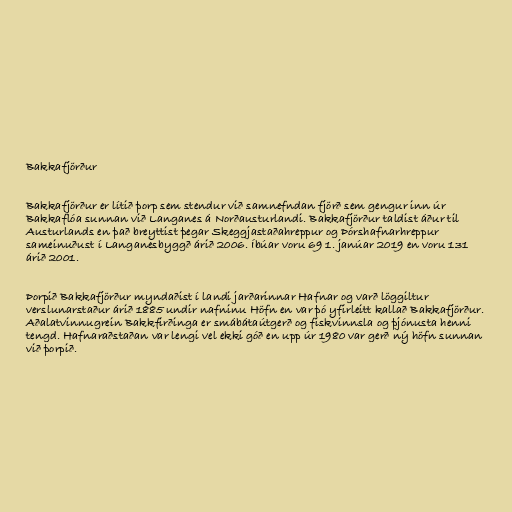
Bakkafjörður

Bakkafjörður er lítið þorp sem stendur við samnefndan fjörð sem gengur inn úr
Bakkaflóa sunnan við Langanes á Norðausturlandi. Bakkafjörður taldist áður til
Austurlands en það breyttist þegar Skeggjastaðahreppur og Þórshafnarhreppur
sameinuðust í Langanesbyggð árið 2006. Íbúar voru 69 1. janúar 2019 en voru 131
árið 2001.

Þorpið Bakkafjörður myndaðist í landi jarðarinnar Hafnar og varð löggiltur
verslunarstaður árið 1885 undir nafninu Höfn en var þó yfirleitt kallað Bakkafjörður.
Aðalatvinnugrein Bakkfirðinga er smábátaútgerð og fiskvinnsla og þjónusta henni
tengd. Hafnaraðstaðan var lengi vel ekki góð en upp úr 1980 var gerð ný höfn sunnan
við þorpið.